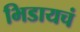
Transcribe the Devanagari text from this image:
भिडायचं